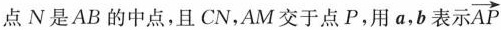
点N是AB的中点，且CN，AM交于点P，用a，b表示\overrightarrow{AP}